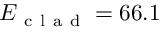
E _ { \mathrm { ~ c ~ l ~ a ~ d ~ } } = 6 6 . 1